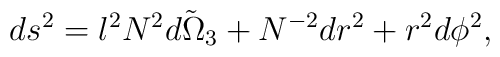
ds^2=l^2N^2\tilde {d\Omega_3} +N^{-2}dr^2 +r^2d\phi^2,